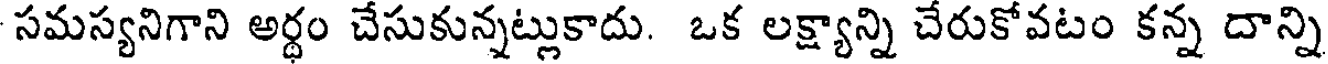
సమస్యనిగాని అర్ధం చేసుకున్నట్లుకాదు. ఒక లక్ష్యాన్ని చేరుకోవటం కన్న దాన్ని